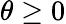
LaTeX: \theta\geq 0